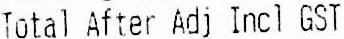
TOTAL AFTER ADJ INCL GST